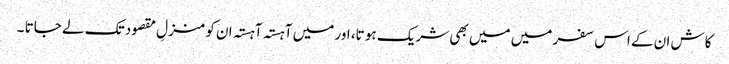
کاش ان کے اس سفر میں میں بھی شریک ہو تا، اور میں آہستہ آہستہ ان کو منزلِ مقصود تک لے جاتا ۔